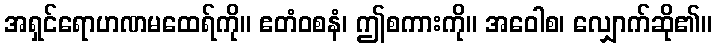
အရှင်ရောဟဏမထေရ်ကို။ ဧတံဝစနံ၊ ဤစကားကို။ အဝေါစ၊ လျှောက်ဆို၏။